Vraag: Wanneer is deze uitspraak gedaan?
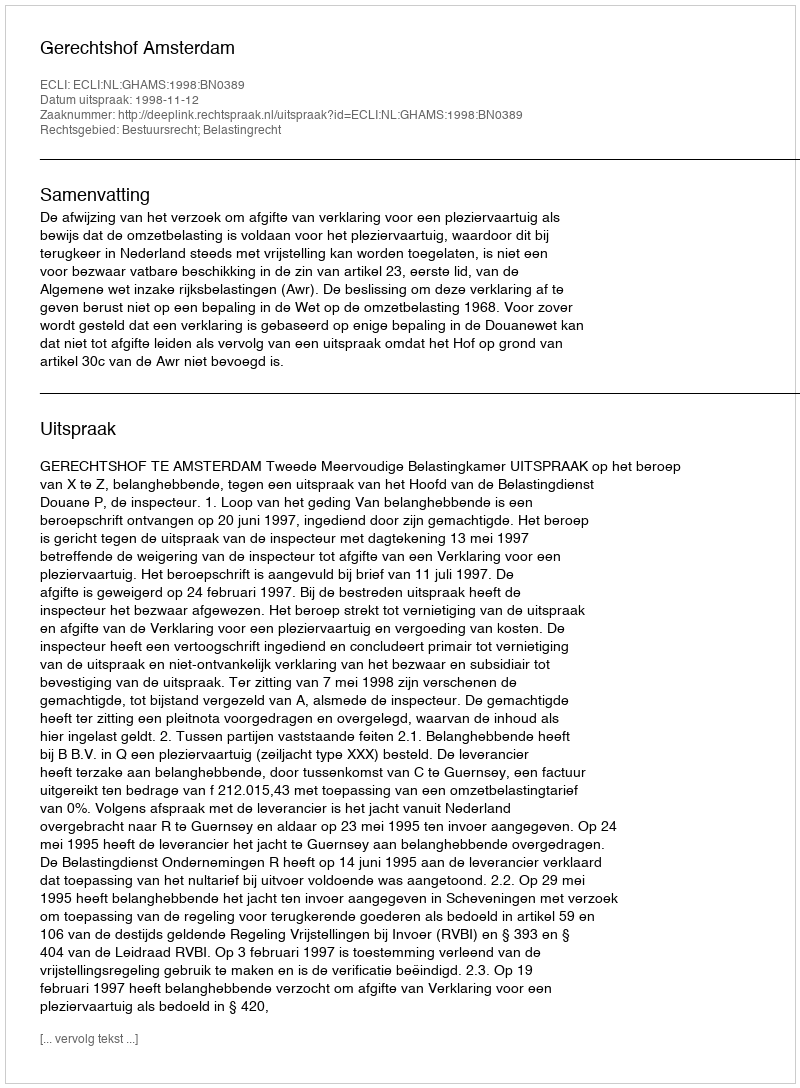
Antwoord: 1998-11-12